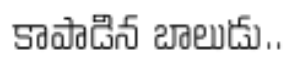
కాపాడిన బాలుడు..